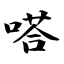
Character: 嗒